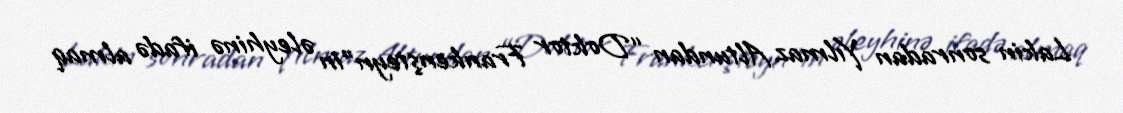
Lakin sonradan Yılmaz Altundan “Doktor Frankenşteyn”in əleyhinə ifadə almaq